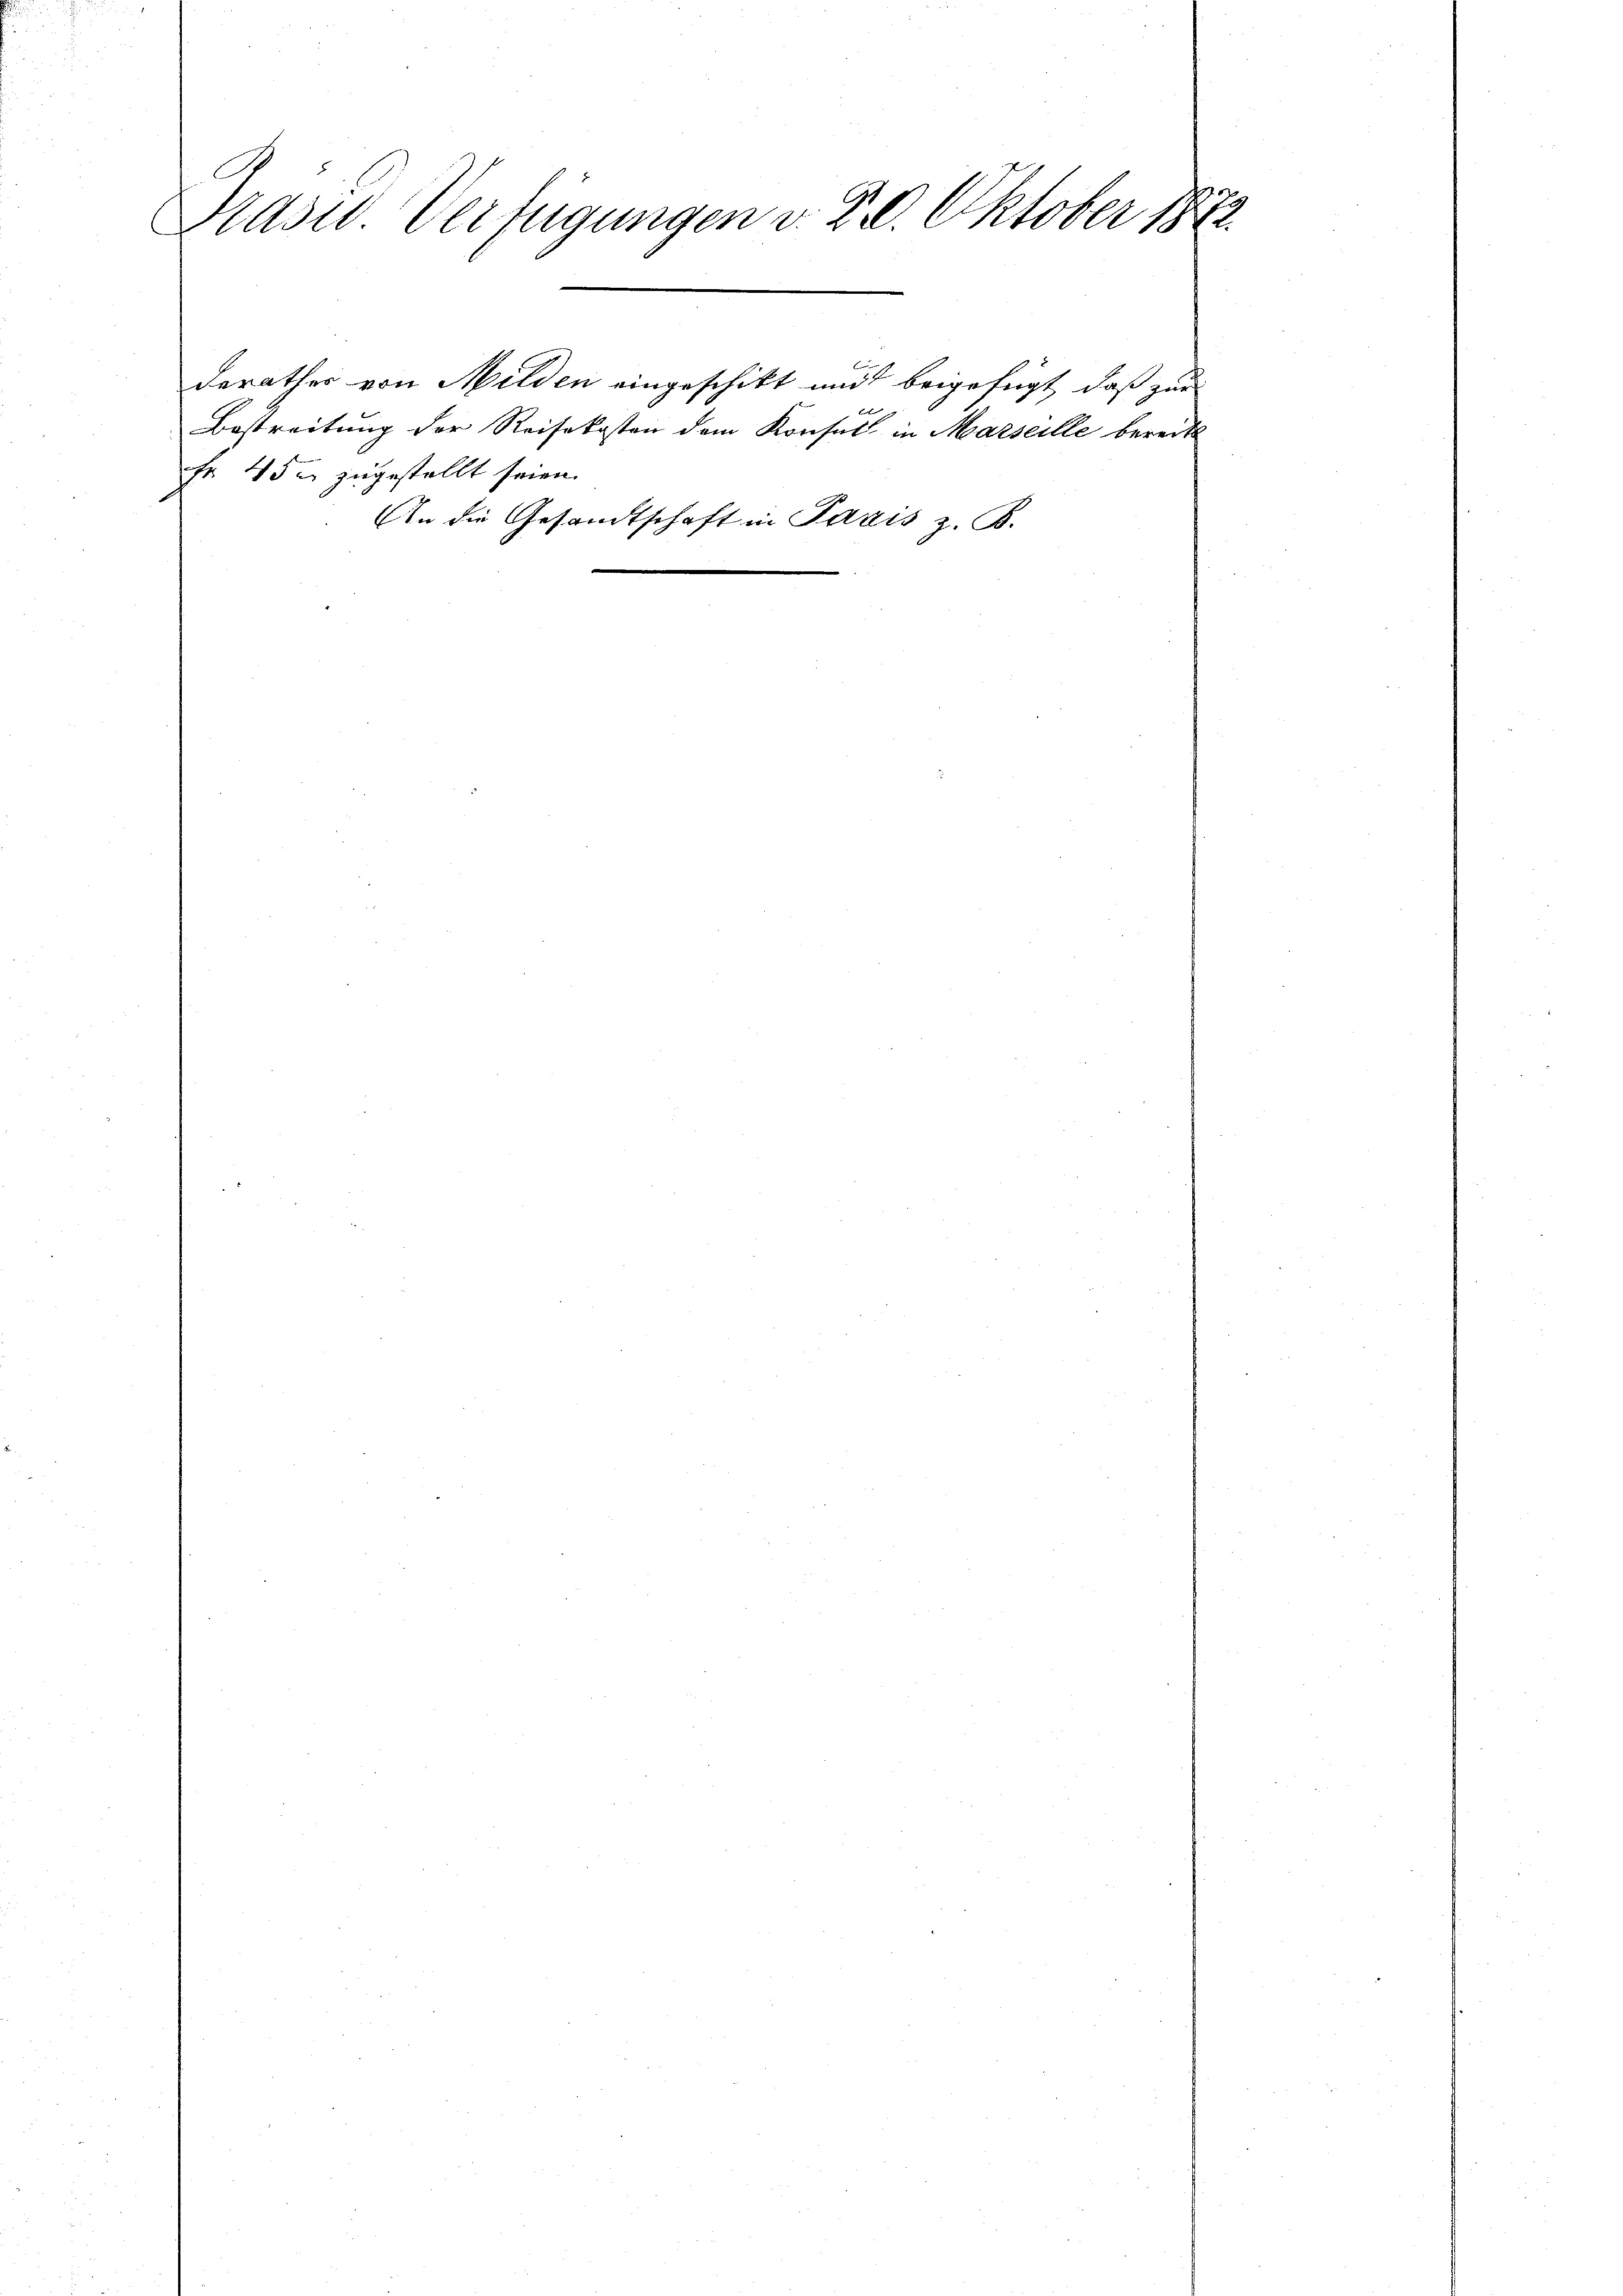
Präsid. Verfügungen v. 20. Oktober 1872

Fr. 45 u. zugestellt seien.

An die Gesandtschaft in Paris z. B.

derathes von Milden eingeschikt mit beigefügt, daß zur
2
Bestreitung der Reisekosten dem Konsul in Marseille bereit